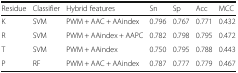
<table><thead><tr><td><b>Residue</b></td><td><b>Classifier</b></td><td><b>Hybrid features</b></td><td><b>Sn</b></td><td><b>Sp</b></td><td><b>Acc</b></td><td><b>MCC</b></td></tr></thead><tbody><tr><td>K</td><td>SVM</td><td>PWM + AAC + AAindex</td><td>0.796</td><td>0.767</td><td>0.771</td><td>0.432</td></tr><tr><td>R</td><td>SVM</td><td>PWM + AAindex + AAPC</td><td>0.782</td><td>0.798</td><td>0.795</td><td>0.472</td></tr><tr><td>T</td><td>SVM</td><td>PWM + AAindex</td><td>0.750</td><td>0.795</td><td>0.788</td><td>0.443</td></tr><tr><td>P</td><td>RF</td><td>PWM + AAC + AAindex</td><td>0.787</td><td>0.777</td><td>0.779</td><td>0.467</td></tr></tbody></table>